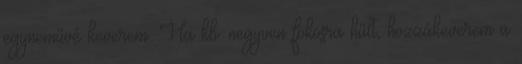
egyneművé keverem. Ha kb. negyven fokosra hűlt, hozzákeverem a